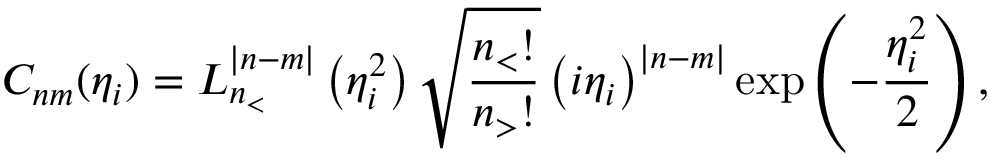
C _ { n m } ( \eta _ { i } ) = L _ { n _ { < } } ^ { | n - m | } \left( \eta _ { i } ^ { 2 } \right) \sqrt { \frac { n _ { < } ! } { n _ { > } ! } } \left( i \eta _ { i } \right) ^ { | n - m | } \exp \left( - \frac { \eta _ { i } ^ { 2 } } { 2 } \right) ,